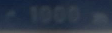
1000